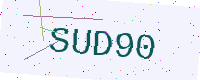
Text: SUD90